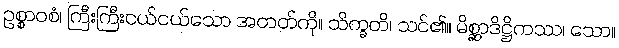
ဥစ္စာဝစံ၊ ကြီးကြီးငယ်ငယ်သော အတတ်ကို။ သိက္ခတိ၊ သင်၏။ မိစ္ဆာဒိဋ္ဌိကဿ၊ သော။